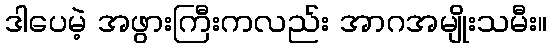
ဒါပေမဲ့ အဖွားကြီးကလည်း အာဂအမျိုးသမီး။